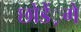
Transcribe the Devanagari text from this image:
छोडें़गे